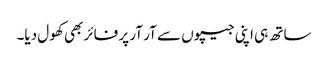
ساتھ ہی اپنی جیپوں سے آر آر پر فائر بھی کھول دیا۔